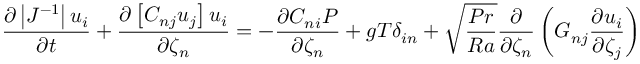
\frac { \partial \left| J ^ { - 1 } \right| u _ { i } } { \partial t } + \frac { \partial \left[ C _ { n j } u _ { j } \right] u _ { i } } { \partial \zeta _ { n } } = - \frac { \partial C _ { n i } P } { \partial \zeta _ { n } } + g T \delta _ { i n } + \sqrt { \frac { P r } { R a } } \frac { \partial } { \partial \zeta _ { n } } \left( G _ { n j } \frac { \partial u _ { i } } { \partial \zeta _ { j } } \right)